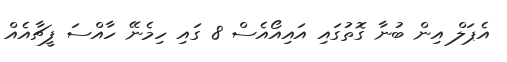
އެޕަލް އިން ބުނާ ގޮތުަގައި އައިއޯއެސް 8 ގައި ހިމެނޭ ހާއްސަ ފީޗާއެއް